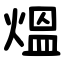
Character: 熅